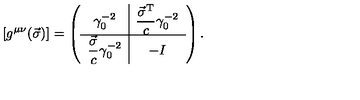
\left[ g ^ { \mu \nu } ( \vec { \sigma } ) \right] = \left( \begin{array} { c | c } { \gamma _ { 0 } ^ { - 2 } } & { \displaystyle \frac { \vec { \sigma } ^ { \mathrm { T } } } { c } \gamma _ { 0 } ^ { - 2 } } \\ \hline { \displaystyle \frac { \vec { \sigma } } { c } \gamma _ { 0 } ^ { - 2 } } & { - I } \\ \end{array} \right) .